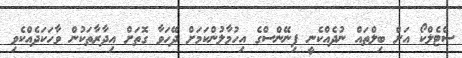
ސްޓެލްކޯ އަށް ބިލްތައް ނުދެއްކެނީ ފިނޭންސްގެ އިހުމާލުންކަމަށް ދޭހަވާ ގޮތަށް އިދާރާތަކުން ވާހަކަދެއްކެވި